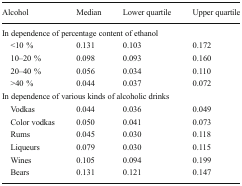
<table><thead><tr><td><b>Alcohol</b></td><td><b>Median</b></td><td><b>Lower quartile</b></td><td><b>Upper quartile</b></td></tr></thead><tbody><tr><td colspan="4">In dependence of percentage content of ethanol</td></tr><tr><td> &lt;10 %</td><td>0.131</td><td>0.103</td><td>0.172</td></tr><tr><td> 10–20 %</td><td>0.098</td><td>0.093</td><td>0.160</td></tr><tr><td> 20–40 %</td><td>0.056</td><td>0.034</td><td>0.110</td></tr><tr><td> &gt;40 %</td><td>0.044</td><td>0.037</td><td>0.072</td></tr><tr><td colspan="4">In dependence of various kinds of alcoholic drinks</td></tr><tr><td> Vodkas</td><td>0.044</td><td>0.036</td><td>0.049</td></tr><tr><td> Color vodkas</td><td>0.050</td><td>0.041</td><td>0.073</td></tr><tr><td> Rums</td><td>0.045</td><td>0.030</td><td>0.118</td></tr><tr><td> Liqueurs</td><td>0.079</td><td>0.030</td><td>0.115</td></tr><tr><td> Wines</td><td>0.105</td><td>0.094</td><td>0.199</td></tr><tr><td> Bears</td><td>0.131</td><td>0.121</td><td>0.147</td></tr></tbody></table>